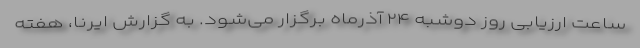
ساعت ارزیابی روز دوشبه ۲۴ آذرماه برگزار می‌شود. به گزارش ایرنا، هفته